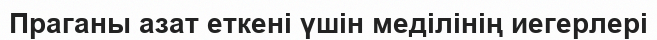
Праганы азат еткені үшін меділінің иегерлері